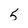
Character: 5